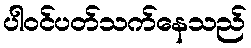
ပါဝင်ပတ်သက်နေသည်